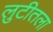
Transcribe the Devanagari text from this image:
लुटीतला